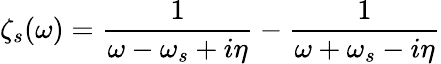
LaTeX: \zeta_{s}(\omega)=\frac{1}{\omega-\omega_{s}+i\eta}-\frac{1}{\omega+\omega_{s}-i\eta}